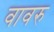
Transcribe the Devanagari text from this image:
वावरु